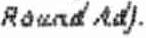
ROUND ADJ.